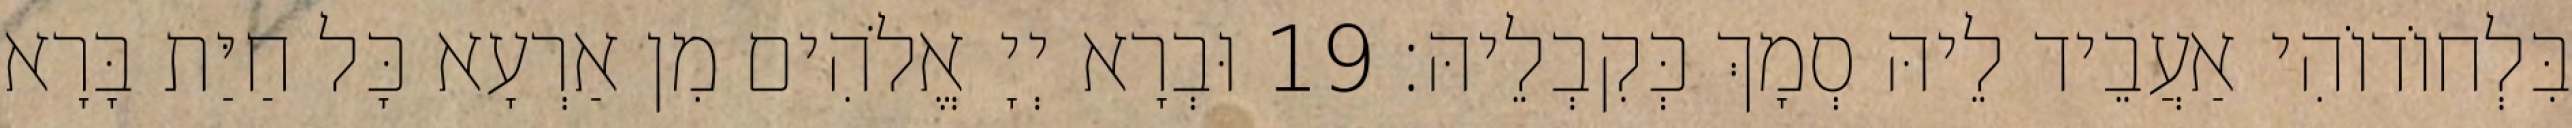
בִּלְחוֹדוֹהִי אַעֲבֵיד לֵיהּ סְמָךְ כְּקִבְלֵיהּ׃ 19 וּבְרָא יְיָ אֱלֹהִים מִן אַרְעָא כָּל חַיַּת בָּרָא